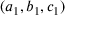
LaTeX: ( a _ { 1 } , b _ { 1 } , c _ { 1 } )